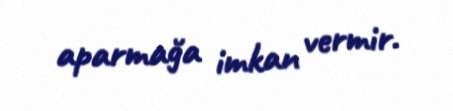
aparmağa imkan vermir.